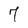
Character: 7